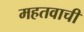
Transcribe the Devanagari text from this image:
महतवाची